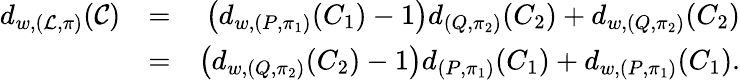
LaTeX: \begin{array}{rlr}{d_{w,(\mathcal{L},\pi)}(\mathcal{C})}&{=}&{\left(d_{w,(P,\pi_{1})}(C_{1})-1\right)d_{(Q,\pi_{2})}(C_{2})+d_{w,(Q,\pi_{2})}(C_{2})}\\ &{=}&{\left(d_{w,(Q,\pi_{2})}(C_{2})-1\right)d_{(P,\pi_{1})}(C_{1})+d_{w,(P,\pi_{1})}(C_{1}).}\end{array}